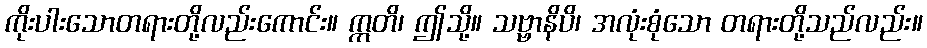
ကိုးပါးသောတရားတို့လည်းကောင်း။ ဣတိ၊ ဤသို့။ သဗ္ဗာနိပိ၊ အလုံးစုံသော တရားတို့သည်လည်း။